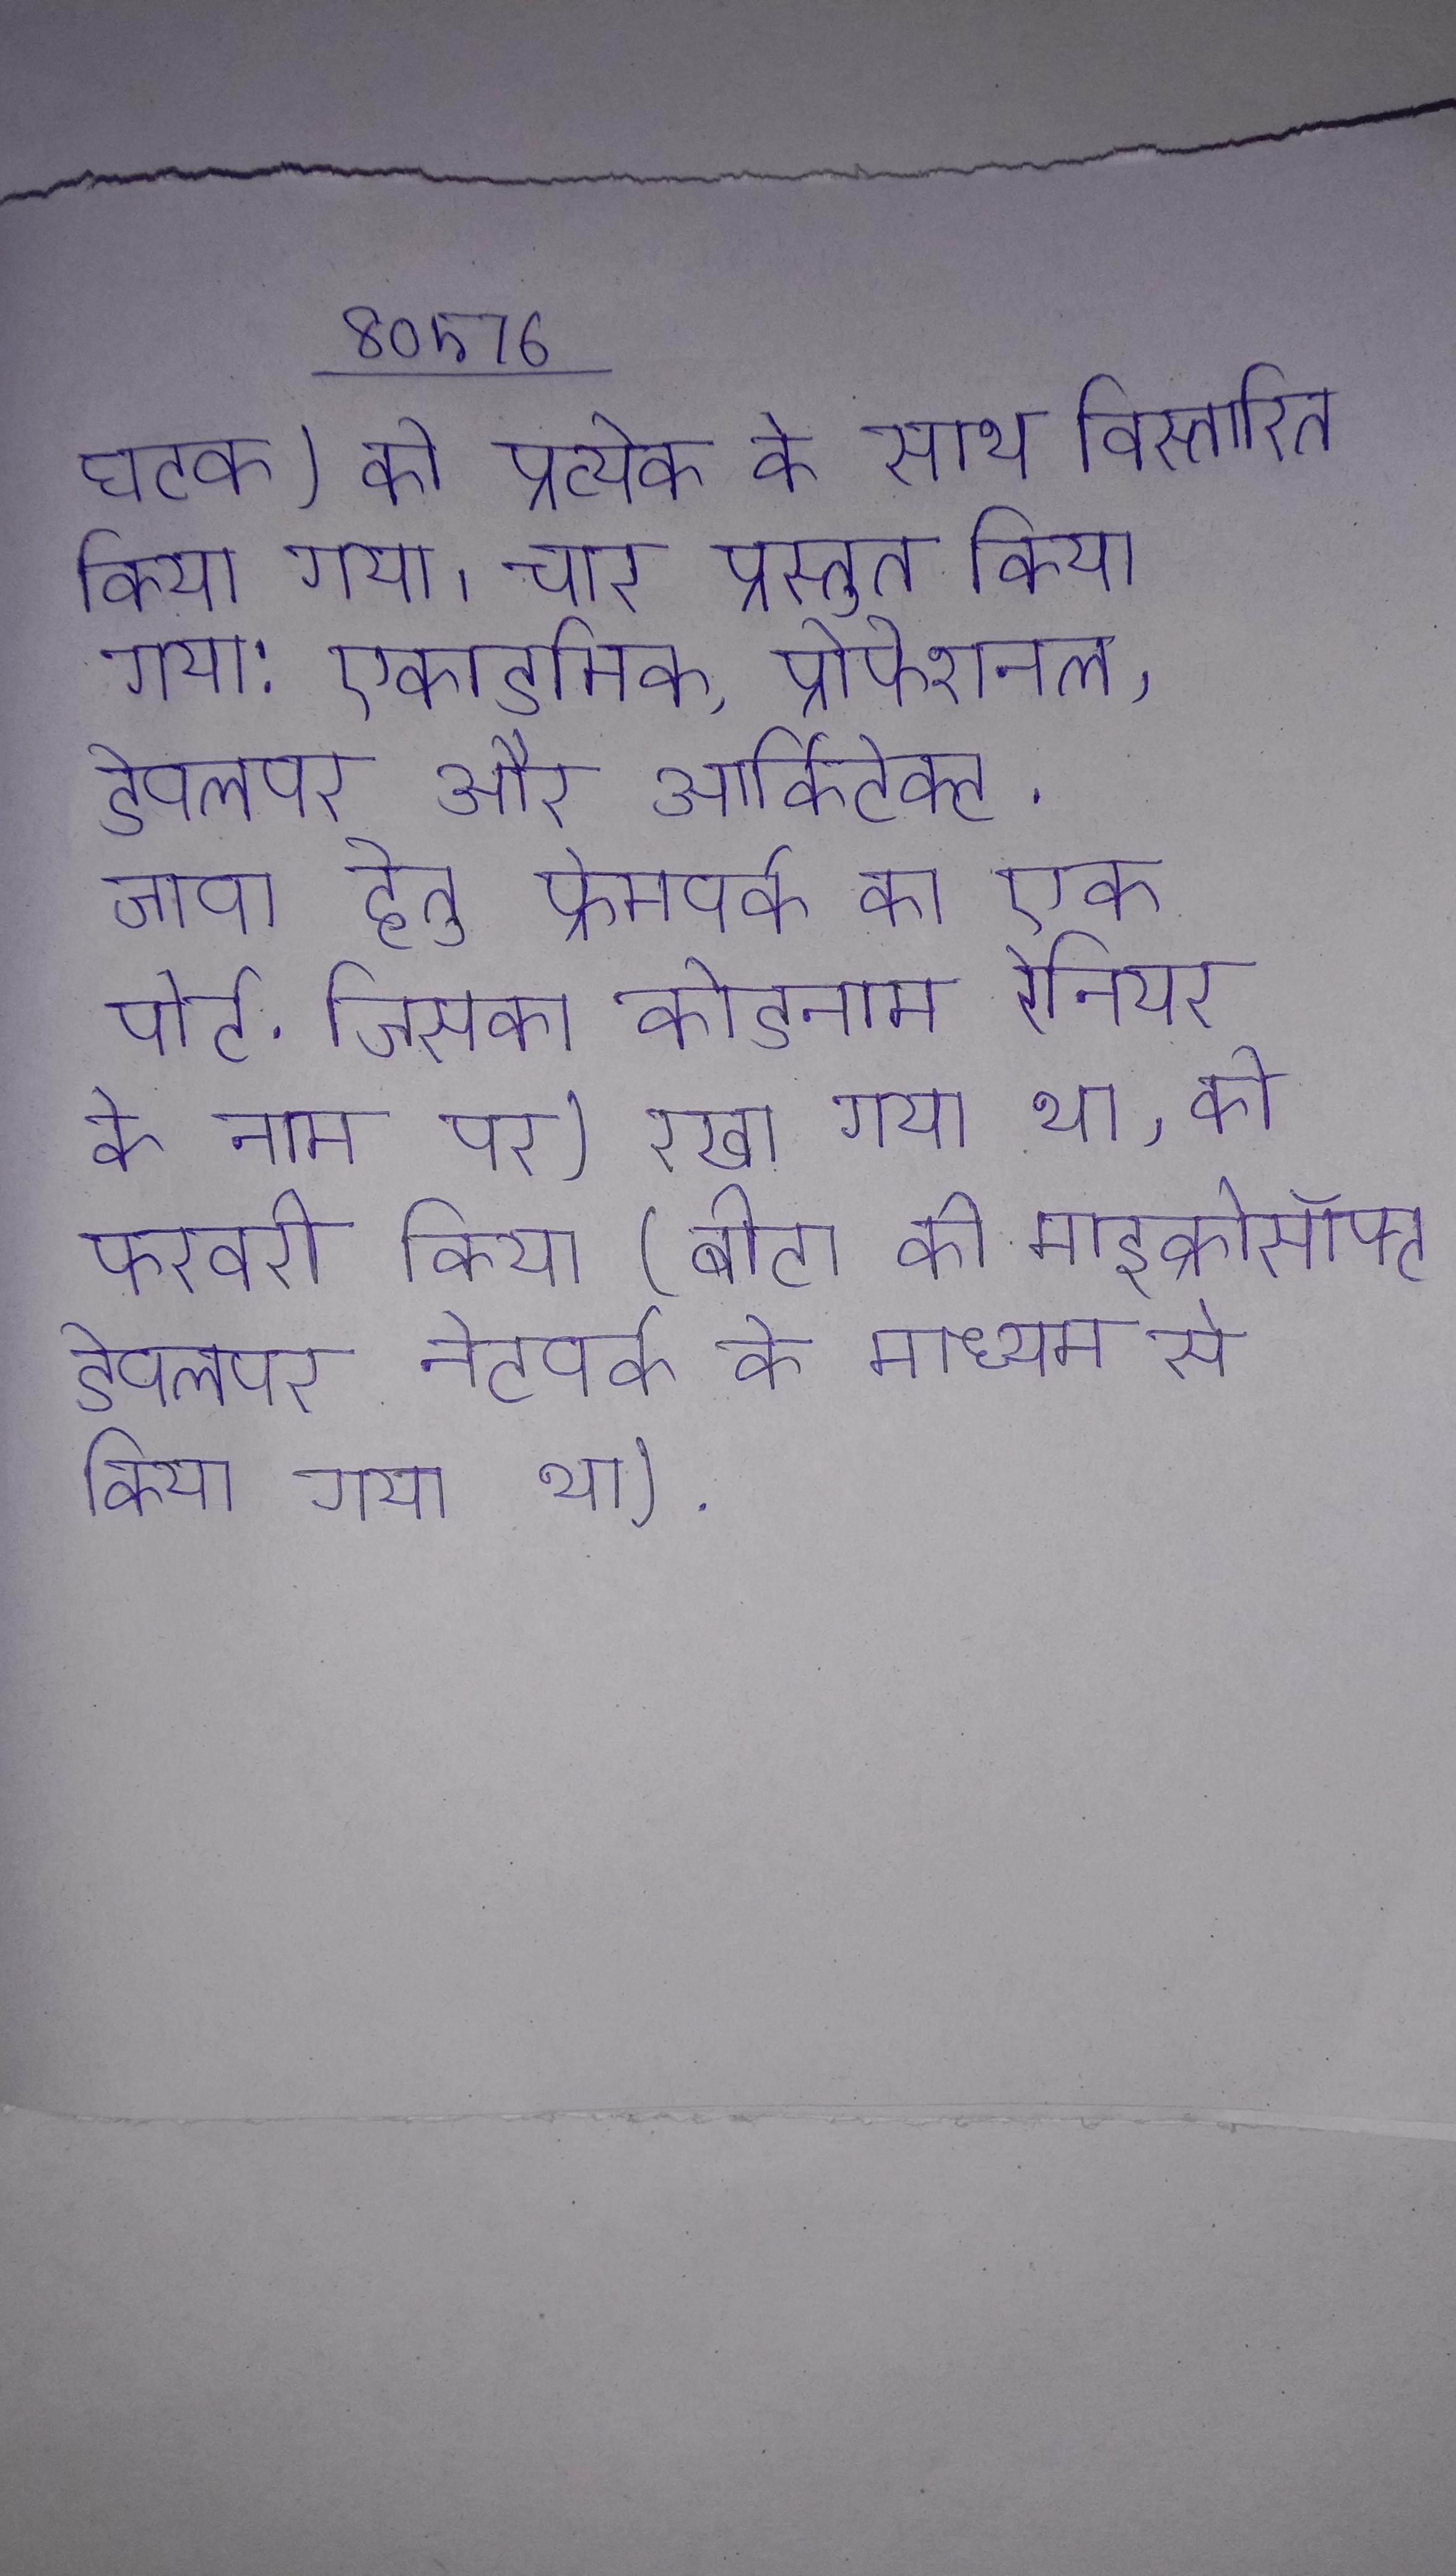
घटक) को प्रत्येक के साथ विस्तारित किया गया । चार प्रस्तुत किया गया: एकाडमिक, प्रोफेशनल, डेवलपर और आर्किटेक्ट . जावा हेतु फ्रेमवर्क का एक पोर्ट . जिसका कोडनाम रेनियर के माउन्ट रेनियर के नाम पर) रखा गया था, को फरवरी किया (बीटा को माइक्रोसॉफ्ट डेवलपर नेटवर्क के माध्यम से किया गया था) .